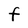
Character: F